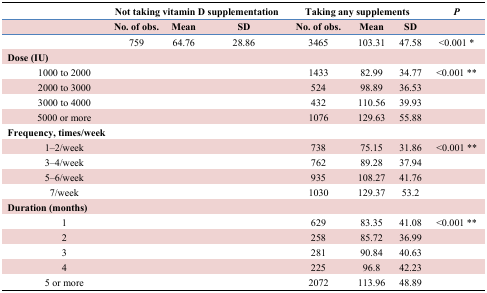
<table><thead><tr><td></td><td></td><td colspan="3"><b>Not taking vitamin D supplementation</b></td><td colspan="3"><b>Taking any supplements</b></td><td><b><i>P</i></b></td></tr><tr><td></td><td></td><td><b>No. of obs.</b></td><td><b>Mean</b></td><td><b>SD</b></td><td><b>No. of obs.</b></td><td><b>Mean</b></td><td><b>SD</b></td><td></td></tr></thead><tbody><tr><td></td><td></td><td>759</td><td>64.76</td><td>28.86</td><td>3465</td><td>103.31</td><td>47.58</td><td>&lt;0.001 *</td></tr><tr><td colspan="2"><b>Dose (IU)</b></td><td></td><td></td><td></td><td></td><td></td><td></td><td></td></tr><tr><td></td><td>1000 to 2000</td><td></td><td></td><td></td><td>1433</td><td>82.99</td><td>34.77</td><td>&lt;0.001 **</td></tr><tr><td></td><td>2000 to 3000</td><td></td><td></td><td></td><td>524</td><td>98.89</td><td>36.53</td><td></td></tr><tr><td></td><td>3000 to 4000</td><td></td><td></td><td></td><td>432</td><td>110.56</td><td>39.93</td><td></td></tr><tr><td></td><td>5000 or more</td><td></td><td></td><td></td><td>1076</td><td>129.63</td><td>55.88</td><td></td></tr><tr><td colspan="3"><b>Frequency, times/week</b></td><td></td><td></td><td></td><td></td><td></td><td></td></tr><tr><td></td><td>1–2/week</td><td></td><td></td><td></td><td>738</td><td>75.15</td><td>31.86</td><td>&lt;0.001 **</td></tr><tr><td></td><td>3–4/week</td><td></td><td></td><td></td><td>762</td><td>89.28</td><td>37.94</td><td></td></tr><tr><td></td><td>5–6/week</td><td></td><td></td><td></td><td>935</td><td>108.27</td><td>41.76</td><td></td></tr><tr><td></td><td>7/week</td><td></td><td></td><td></td><td>1030</td><td>129.37</td><td>53.2</td><td></td></tr><tr><td colspan="2"><b>Duration (months)</b></td><td></td><td></td><td></td><td></td><td></td><td></td><td></td></tr><tr><td></td><td>1</td><td></td><td></td><td></td><td>629</td><td>83.35</td><td>41.08</td><td>&lt;0.001 **</td></tr><tr><td></td><td>2</td><td></td><td></td><td></td><td>258</td><td>85.72</td><td>36.99</td><td></td></tr><tr><td></td><td>3</td><td></td><td></td><td></td><td>281</td><td>90.84</td><td>40.63</td><td></td></tr><tr><td></td><td>4</td><td></td><td></td><td></td><td>225</td><td>96.8</td><td>42.23</td><td></td></tr><tr><td></td><td>5 or more</td><td></td><td></td><td></td><td>2072</td><td>113.96</td><td>48.89</td><td></td></tr></tbody></table>